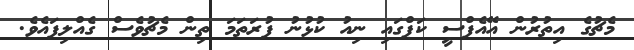
މެޗުގެ އިތުރުން އޭއެފްސީ ކަޕްގައި ނިއު ކުޅުނު ފުރަތަމަ ތިން މެޗުވެސް ގެއްލިފައެވެ.